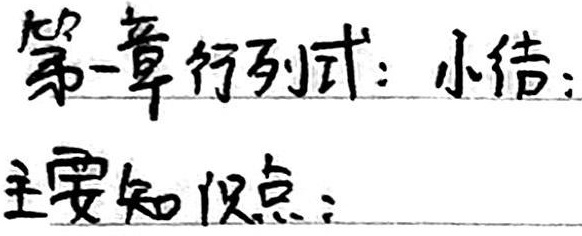
第一章 行列式：小结：主要知识点：